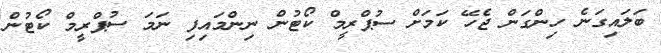
ބަލައިގަނެ ހިންގަން ޖެހޭ ކަމަށް ސުޕްރީމް ކޯޓުން ނިންމައިފި ނަމަ ސުޕްރީމް ކޯޓުން